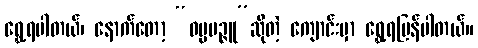
ရွှေ့ရပါတယ်၊ နောက်တော့ “ဓမ္မမဉ္ဇူ”ဆိုတဲ့ ကျောင်းမှာ ရွှေ့ရပြန်ပါတယ်။